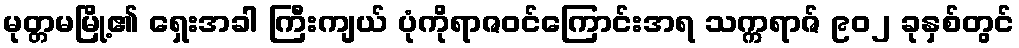
မုတ္တမမြို့၏ ရှေးအခါ ကြီးကျယ် ပုံကိုရာဇဝင်ကြောင်းအရ သက္ကရာဇ် ၉၀၂ ခုနှစ်တွင်